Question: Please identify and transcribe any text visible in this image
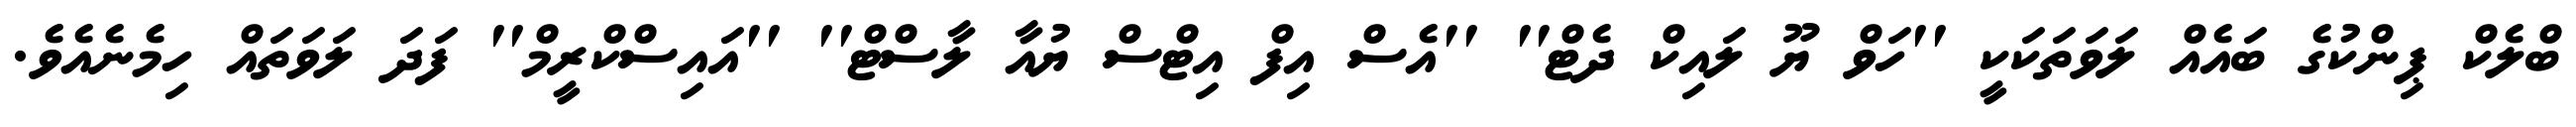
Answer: ބްލެކް ޕިންކުގެ ބައެއް ލަވަތަކަކީ ''ހަވް ޔޫ ލައިކް ދެޓް'' ''އެސް އިފް އިޓްސް ޔުއާ ލާސްޓް'' ''އައިސްކްރީމް'' ފަދަ ލަވަތައް ހިމެނެއެވެ.